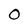
Character: O